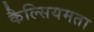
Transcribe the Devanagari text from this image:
कैल्सियमता